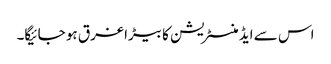
اس سے ایڈمنسٹریشن کا بیڑا غرق ہو جائیگا۔